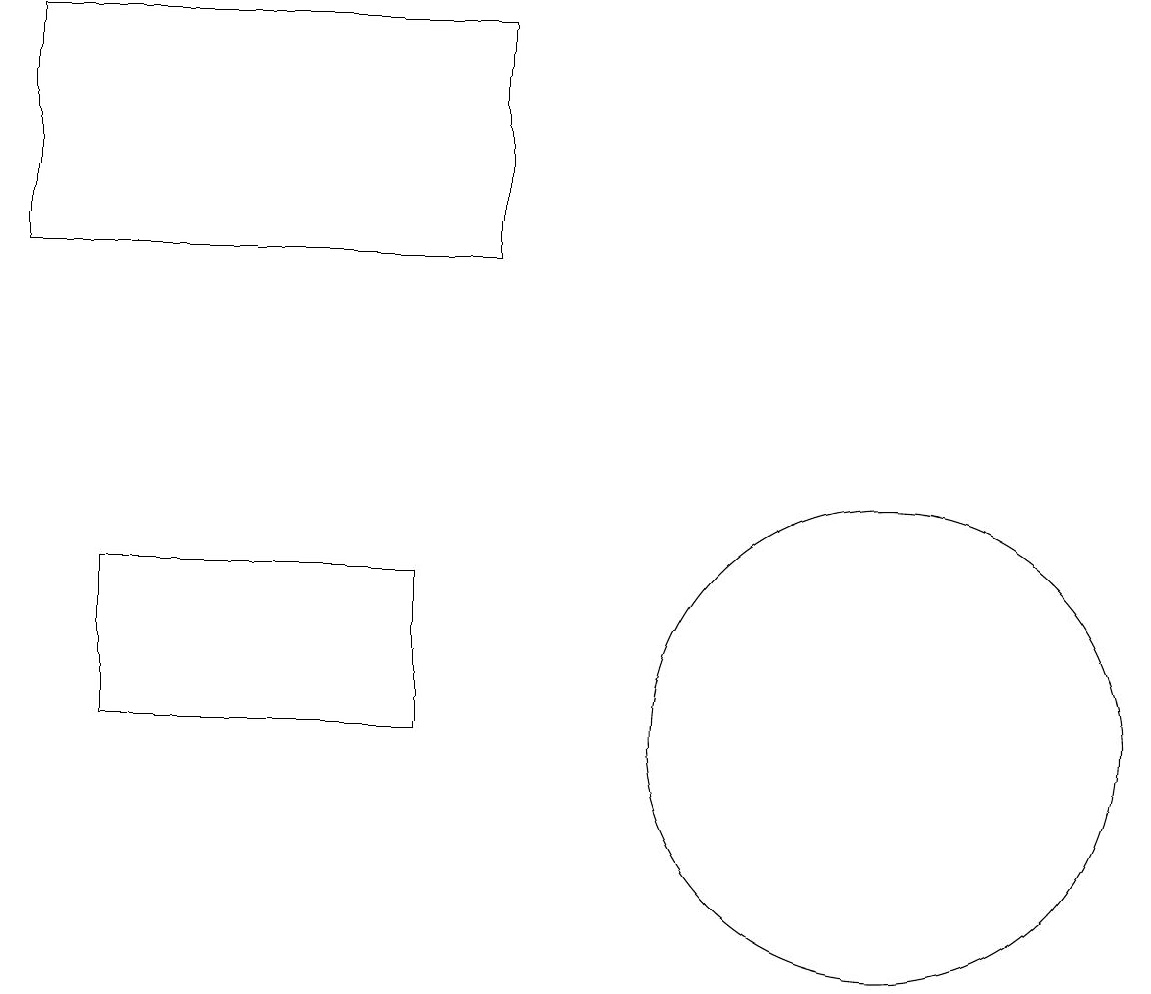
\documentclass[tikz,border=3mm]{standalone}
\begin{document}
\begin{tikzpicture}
\draw (11,10) circle (3);
\draw (1,10) rectangle (5,12);
\draw (0,16) rectangle (6,19);
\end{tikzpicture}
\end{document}